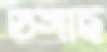
ডঙ্গাছ